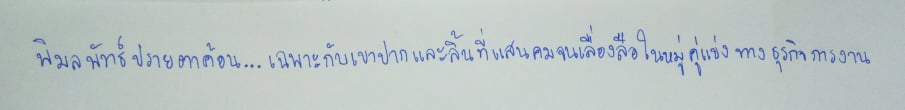
พิมลพัทธ์ปรายตาค้อน...เฉพาะกับเขาปากและลิ้นที่แสนคมจนเลื่องลือในหมู่คู่แข่งทางธุรกิจการงาน